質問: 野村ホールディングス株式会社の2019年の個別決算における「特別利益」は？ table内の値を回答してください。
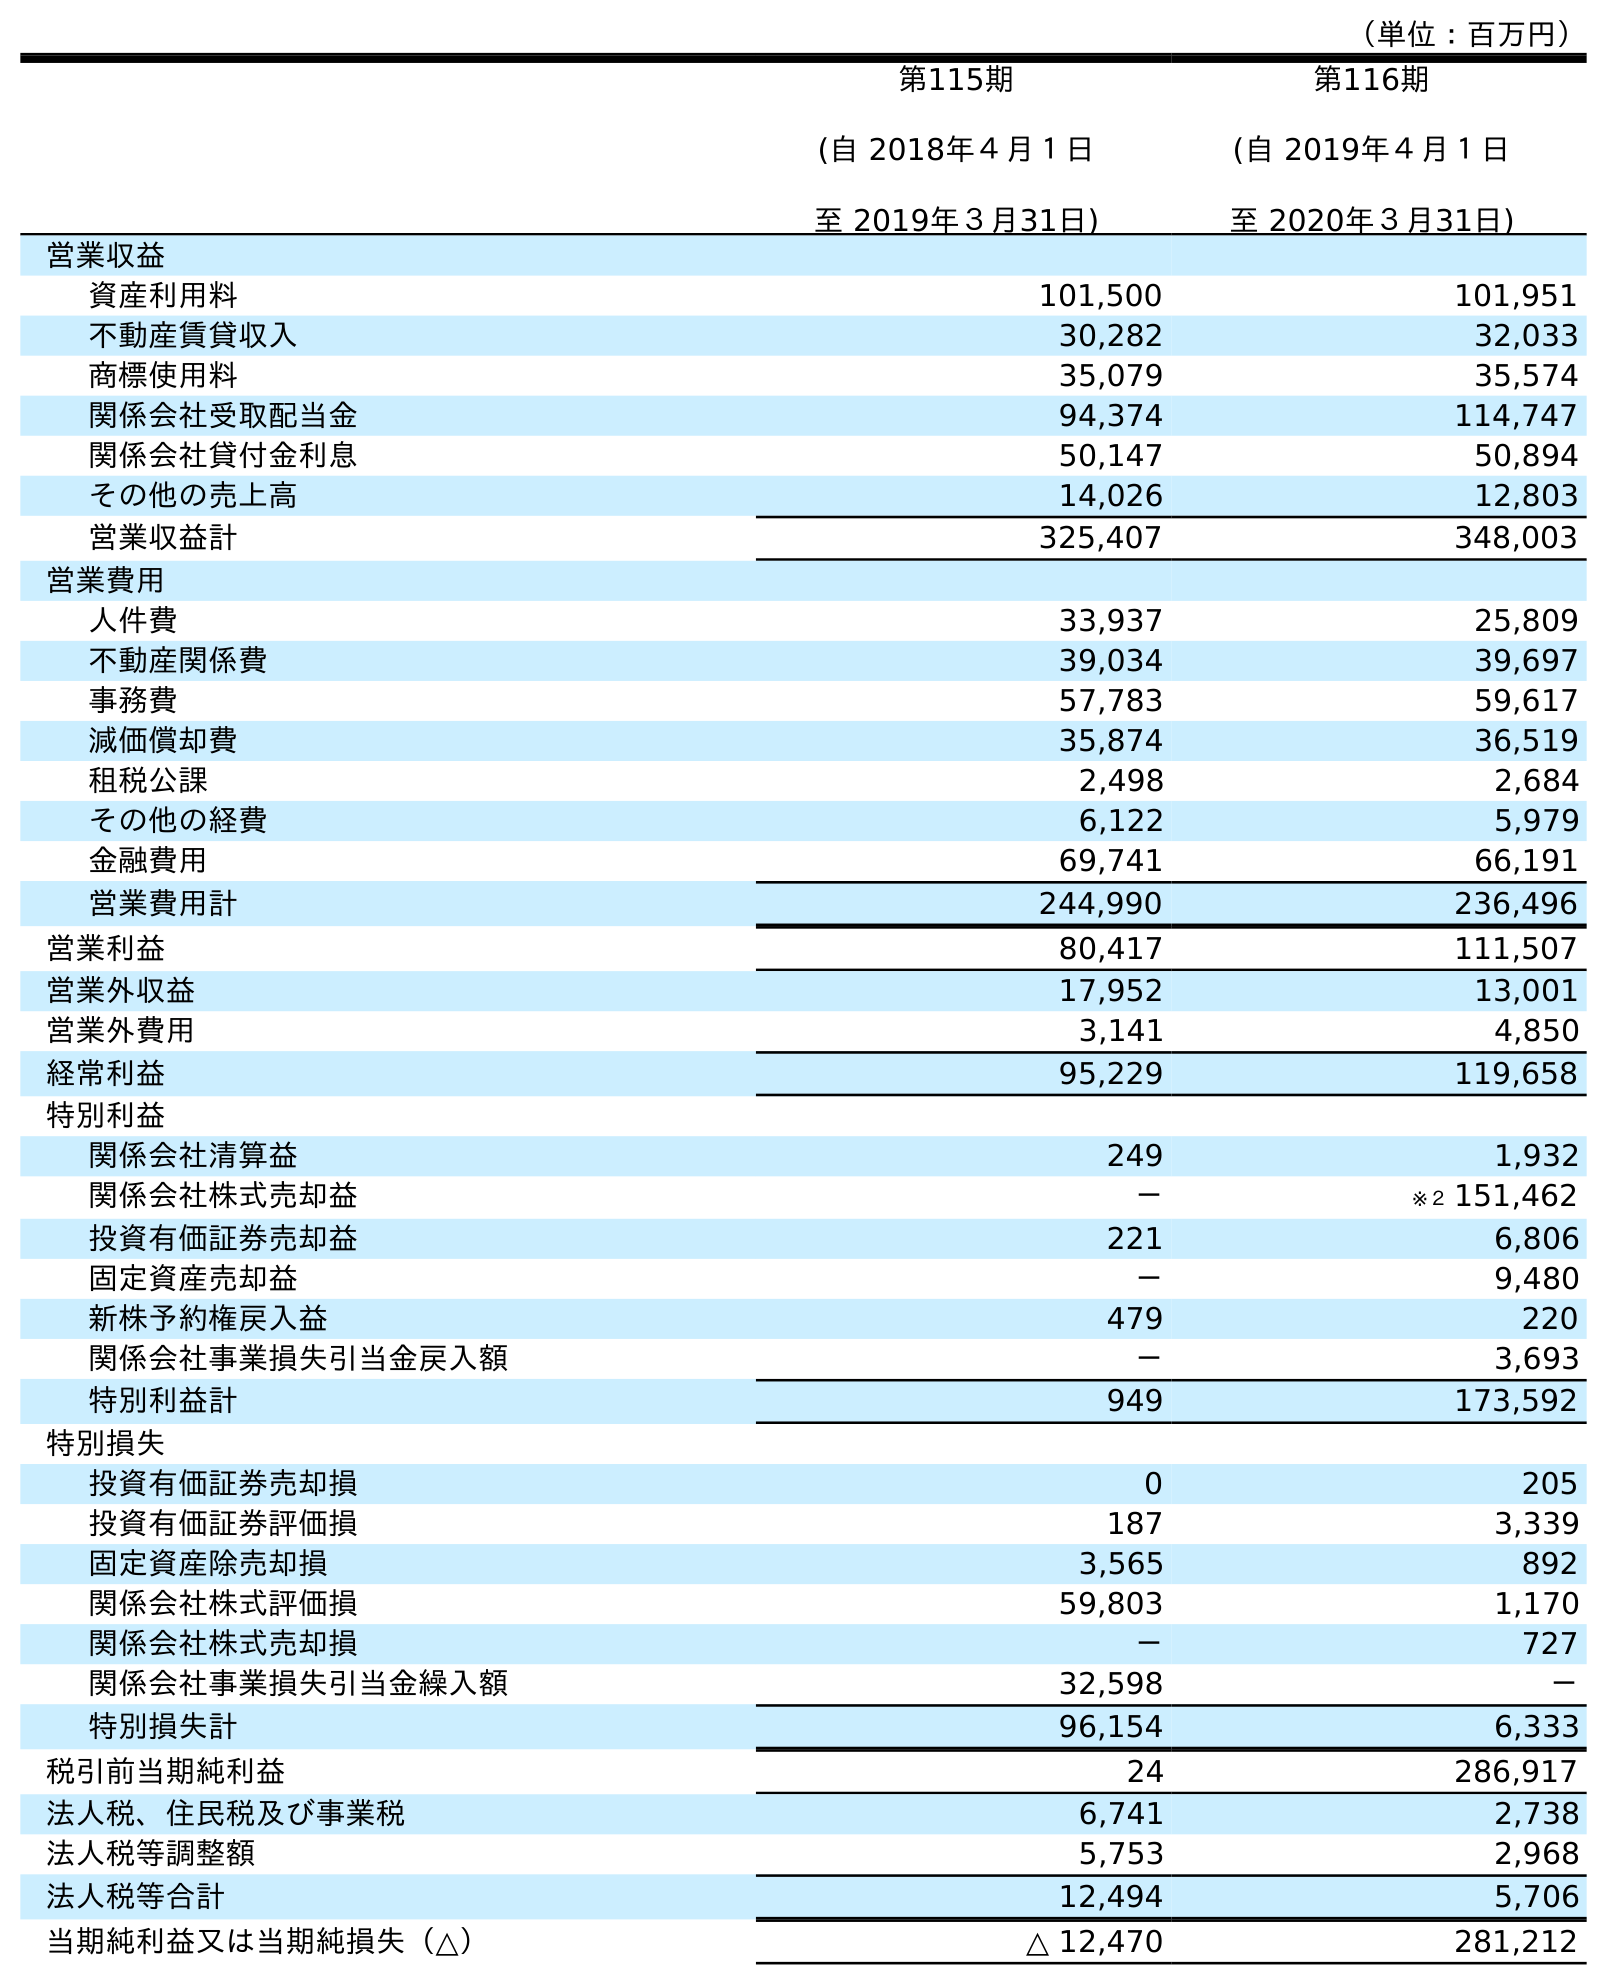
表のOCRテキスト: （単位：百万円） 第115期 (自 2018年４月１日 至 2019年３月31日) 第116期 (自 2019年４月１日 至 2020年３月31日) 営業収益 資産利用料 101,500 101,951 不動産賃貸収入 30,282 32,033 商標使用料 35,079 35,574 関係会社受取配当金 94,374 114,747 関係会社貸付金利息 50,147 50,894 その他の売上高 14,026 12,803 営業収益計 325,407 348,003 営業費用 人件費 33,937 25,809 不動産関係費 39,034 39,697 事務費 57,783 59,617 減価償却費 35,874 36,519 租税公課 2,498 2,684 その他の経費 6,122 5,979 金融費用 69,741 66,191 営業費用計 244,990 236,496 営業利益 80,417 111,507 営業外収益 17,952 13,001 営業外費用 3,141 4,850 経常利益 95,229 119,658 特別利益 関係会社清算益 249 1,932 関係会社株式売却益 － ※２ 151,462 投資有価証券売却益 221 6,806 固定資産売却益 － 9,480 新株予約権戻入益 479 220 関係会社事業損失引当金戻入額 － 3,693 特別利益計 949 173,592 特別損失 投資有価証券売却損 0 205 投資有価証券評価損 187 3,339 固定資産除売却損 3,565 892 関係会社株式評価損 59,803 1,170 関係会社株式売却損 － 727 関係会社事業損失引当金繰入額 32,598 － 特別損失計 96,154 6,333 税引前当期純利益 24 286,917 法人税、住民税及び事業税 6,741 2,738 法人税等調整額 5,753 2,968 法人税等合計 12,494 5,706 当期純利益又は当期純損失（△） △ 12,470 281,212
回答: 949